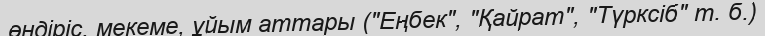
өндіріс, мекеме, ұйым аттары ("Еңбек", "Қайрат", "Түрксіб" т. б.)